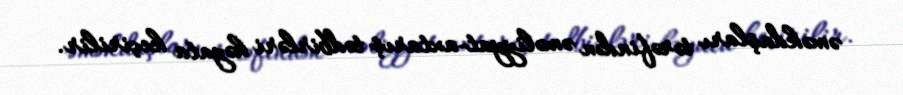
əməkdaşları tərəfindən əməliyyat-axtarış tədbirləri həyata keçirilir.